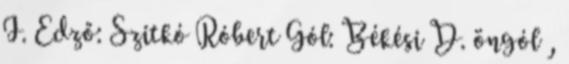
I. Edző: Szitkó Róbert Gól: Békési D. öngól ,